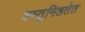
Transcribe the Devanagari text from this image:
वस्तुनिष्ठतेत